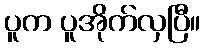
ပူက ပူအိုက်လှပြီ။